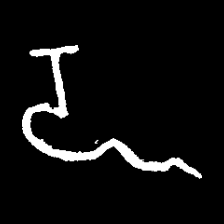
Pyu character \u2014 Myanmar letter: ဍ (romanized: dda)